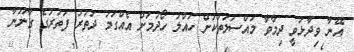
އޭނާ ވިދާޅުވީ ދިމާވާ މައްސަލަތަކަށް ހައްލު ހޯދުމަށް އެއްގަމު ދަތުރު ފަތުރުގެ ގާނޫނާ